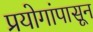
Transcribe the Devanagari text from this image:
प्रयोगांपासून